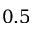
0 . 5